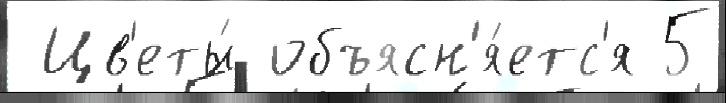
 Цв'еты́ объясн'я́етс'я 5